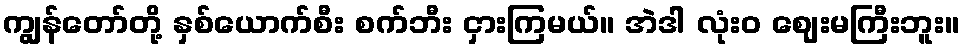
ကျွန်တော်တို့ နှစ်ယောက်စီး စက်ဘီး ငှားကြမယ်။ အဲဒါ လုံးဝ ဈေးမကြီးဘူး။